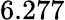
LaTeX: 6.277